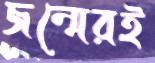
জন্মেরই